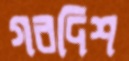
গরদিশ